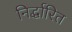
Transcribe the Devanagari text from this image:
निर्द्धारित